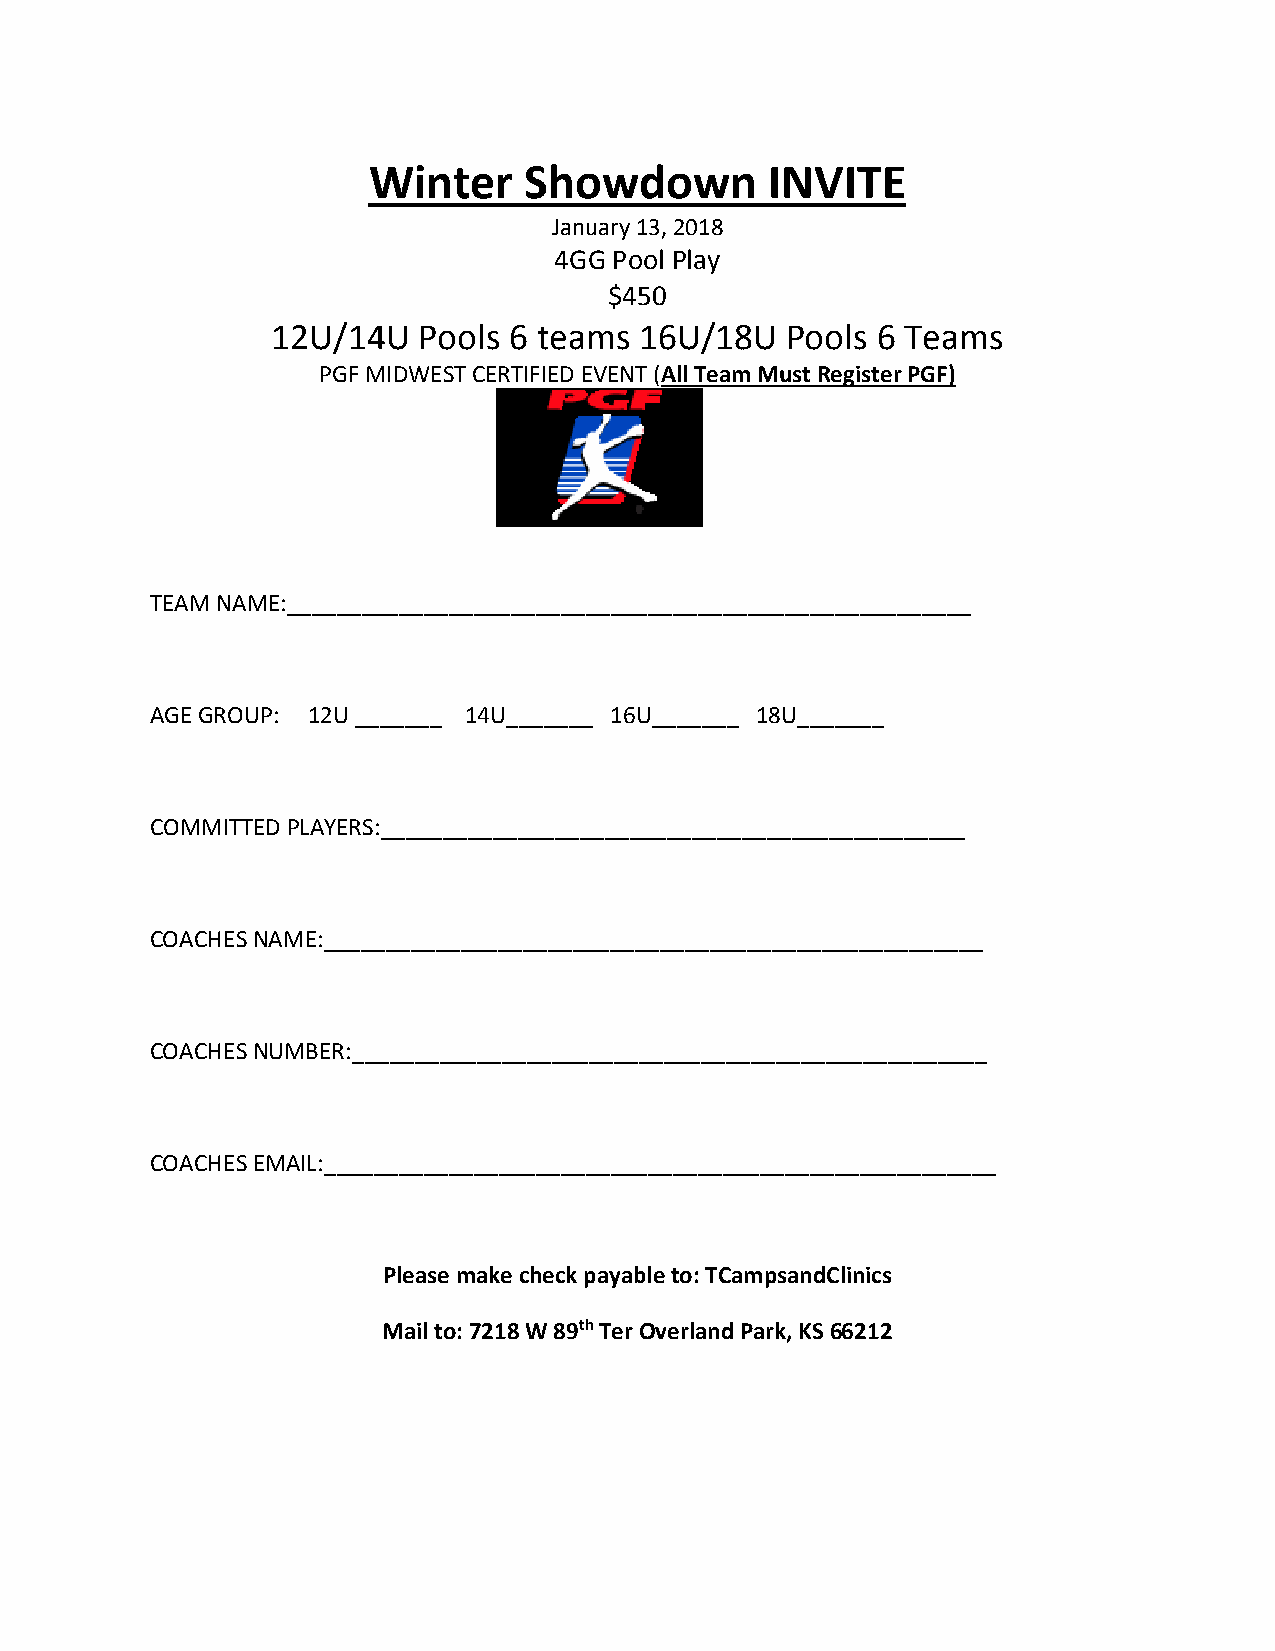
Winter     Showdown        INVITE
 January 13, 2018
 4GG Pool Play
 $450
 12U/14U   Pools 6 teams 16U/18U   Pools 6 Teams
 PGF MIDWEST CERTIFIED EVENT (All Team Must Register PGF)
 TEAM NAME:_______________________________________________________
 AGE GROUP: 12U _______ 14U_______ 16U_______ 18U_______
 COMMITTED PLAYERS:_______________________________________________
 COACHES NAME:_____________________________________________________
 COACHES NUMBER:___________________________________________________
 COACHES EMAIL:______________________________________________________
 Please make check payable to: TCampsandClinics
 Mail to: 7218 W 89th Ter Overland Park, KS 66212